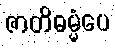
ဇာတိဓမ္မံပေ